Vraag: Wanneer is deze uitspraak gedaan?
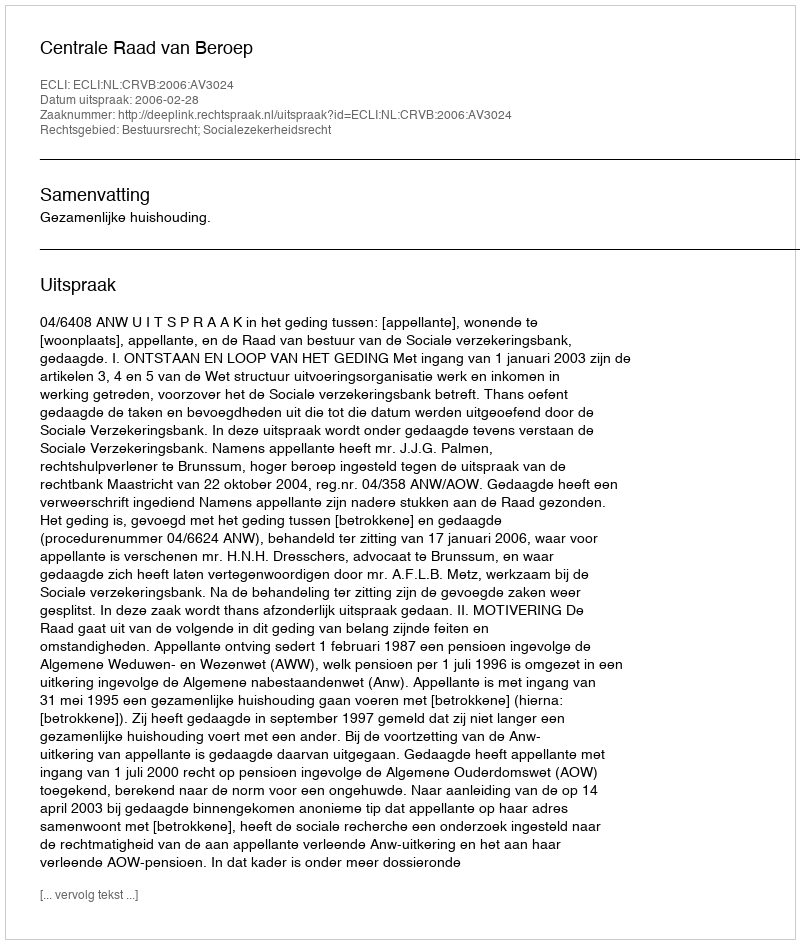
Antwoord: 2006-02-28